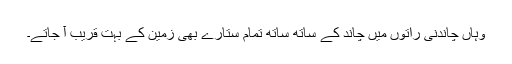
وہاں چاندنی راتوں میں چاند کے ساتھ ساتھ تمام ستارے بھی زمین کے بہت قریب آ جاتے۔